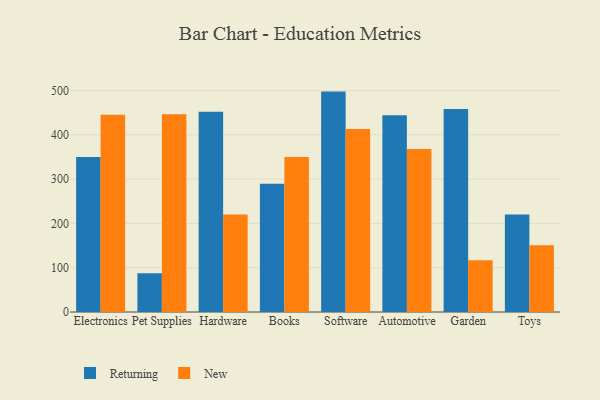
{"axis": {"x": "Category", "y": "Churn Rate (%)"}, "legend": ["New", "Returning"], "data": [{"x": "Electronics", "y": 349.9, "type": "Returning"}, {"x": "Electronics", "y": 445.0, "type": "New"}, {"x": "Pet Supplies", "y": 87.5, "type": "Returning"}, {"x": "Pet Supplies", "y": 446.1, "type": "New"}, {"x": "Hardware", "y": 451.7, "type": "Returning"}, {"x": "Hardware", "y": 219.8, "type": "New"}, {"x": "Books", "y": 289.7, "type": "Returning"}, {"x": "Books", "y": 349.7, "type": "New"}, {"x": "Software", "y": 497.4, "type": "Returning"}, {"x": "Software", "y": 412.8, "type": "New"}, {"x": "Automotive", "y": 444.1, "type": "Returning"}, {"x": "Automotive", "y": 368.1, "type": "New"}, {"x": "Garden", "y": 458.3, "type": "Returning"}, {"x": "Garden", "y": 116.8, "type": "New"}, {"x": "Toys", "y": 219.8, "type": "Returning"}, {"x": "Toys", "y": 150.8, "type": "New"}]}